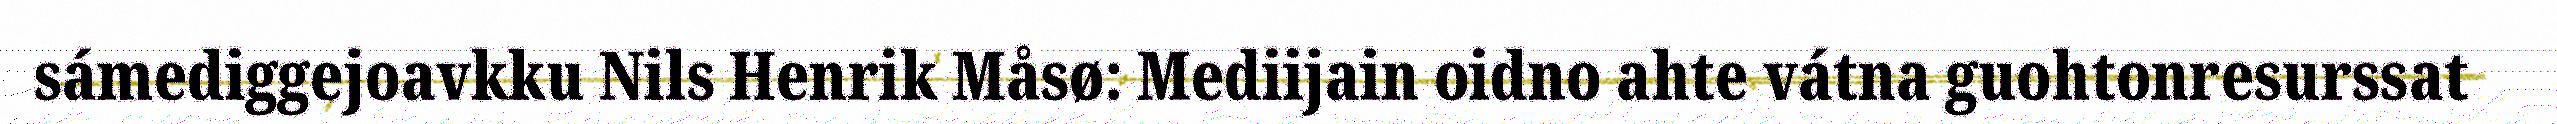
sámediggejoavkku Nils Henrik Måsø: Mediijain oidno ahte vátna guohtonresurssat